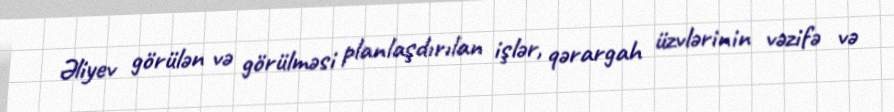
Əliyev görülən və görülməsi planlaşdırılan işlər, qərargah üzvlərinin vəzifə və